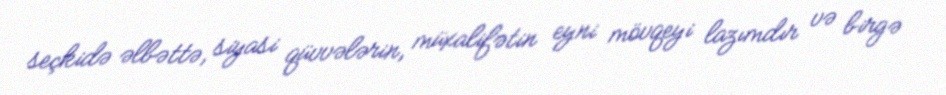
seçkidə əlbəttə, siyasi qüvvələrin, müxalifətin eyni mövqeyi lazımdır və birgə